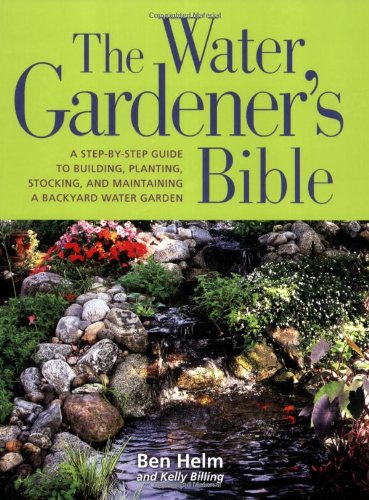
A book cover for The Water Gardener's Bible: A Step-by-Step Guide to Building, Planting, Stocking, and Maintaining a Backyard Water Garden; Ben Helm; Crafts, Hobbies & Home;